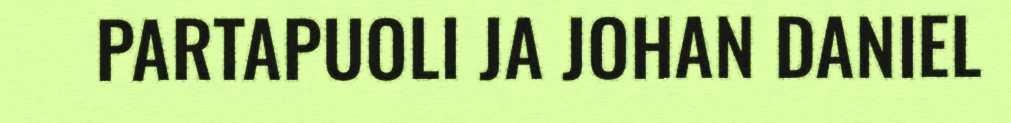
PARTAPUOLI JA JOHAN DANIEL